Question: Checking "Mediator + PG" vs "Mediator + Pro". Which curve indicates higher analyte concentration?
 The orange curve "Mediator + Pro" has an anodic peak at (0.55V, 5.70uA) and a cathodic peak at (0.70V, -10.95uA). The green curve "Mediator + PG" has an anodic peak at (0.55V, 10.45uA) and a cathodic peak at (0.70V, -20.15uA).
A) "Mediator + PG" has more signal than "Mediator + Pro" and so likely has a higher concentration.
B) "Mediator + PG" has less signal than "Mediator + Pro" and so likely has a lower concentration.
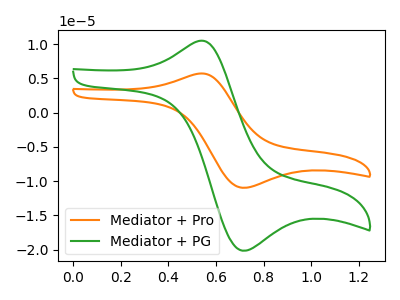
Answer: <think>All the peaks in "Mediator + PG" have a peak in "Mediator + Pro" at the same potential. Every peak in "Mediator + PG" is higher than every peak in "Mediator + Pro".
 </think>
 <answer>A) "Mediator + PG" has more signal than "Mediator + Pro" and so likely has a higher concentration.</answer>
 <eval>A</eval>